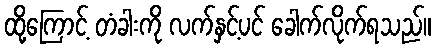
ထို့ကြောင့် တံခါးကို လက်နှင့်ပင် ခေါက်လိုက်ရသည်။